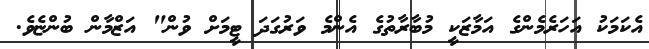
އެކަމަކު އަހަރެމެންގެ އަމާޒަކީ މުބާރާތުގެ އެންމެ ވަރުގަދަ ޓީމަށް ވުން" އަޒްމާން ބުންޏެވެ.